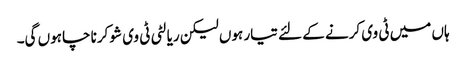
ہاں میں ٹی وی کرنے کے لئے تیار ہوں لیکن ریالٹی ٹی وی شو کرنا چاہوں گی۔